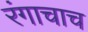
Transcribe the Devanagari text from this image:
रंगाचाच